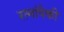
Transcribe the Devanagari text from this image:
रत्नांपैकी